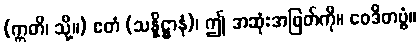
(ဣတိ၊ သို့။) ဧတံ (သန္နိဋ္ဌာနံ)၊ ဤ အဆုံးအဖြတ်ကို။ ဝေဒိတဗ္ဗံ။